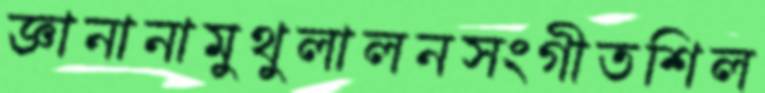
জ্ঞানানামুথুলালনসংগীতশিল